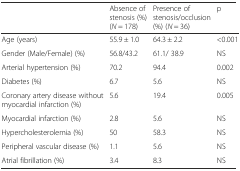
<table><thead><tr><td></td><td><b>Absence of stenosis (%) (<i>N</i> = 178)</b></td><td><b>Presence of stenosis/occlusion (%) (<i>N</i> = 36)</b></td><td><b>p</b></td></tr></thead><tbody><tr><td>Age (years)</td><td>55.9 ± 1.0</td><td>64.3 ± 2.2</td><td>&lt;0.001</td></tr><tr><td>Gender (Male/Female) (%)</td><td>56.8/43.2</td><td>61.1/ 38.9</td><td>NS</td></tr><tr><td>Arterial hypertension (%)</td><td>70.2</td><td>94.4</td><td>0.002</td></tr><tr><td>Diabetes (%)</td><td>6.7</td><td>5.6</td><td>NS</td></tr><tr><td>Coronary artery disease without myocardial infarction (%)</td><td>5.6</td><td>19.4</td><td>0.005</td></tr><tr><td>Myocardial infarction (%)</td><td>2.8</td><td>5.6</td><td>NS</td></tr><tr><td>Hypercholesterolemia (%)</td><td>50</td><td>58.3</td><td>NS</td></tr><tr><td>Peripheral vascular disease (%)</td><td>1.1</td><td>5.6</td><td>NS</td></tr><tr><td>Atrial fibrillation (%)</td><td>3.4</td><td>8.3</td><td>NS</td></tr></tbody></table>